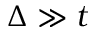
\Delta \gg t